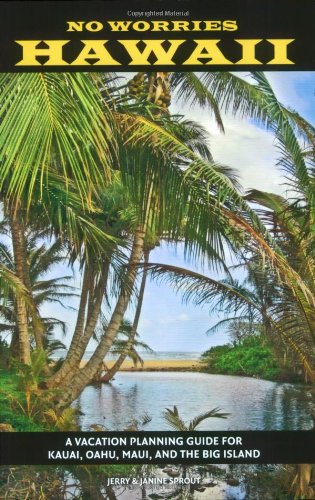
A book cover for No Worries Hawaii: A Vacation Planning Guide for Kauai, Oahu, Maui, and the Big Island; Jerry Sprout; Travel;